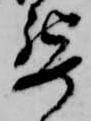
要